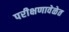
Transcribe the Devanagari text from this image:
परीक्षणावेळेत